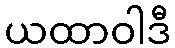
ယထာဝါဒီ